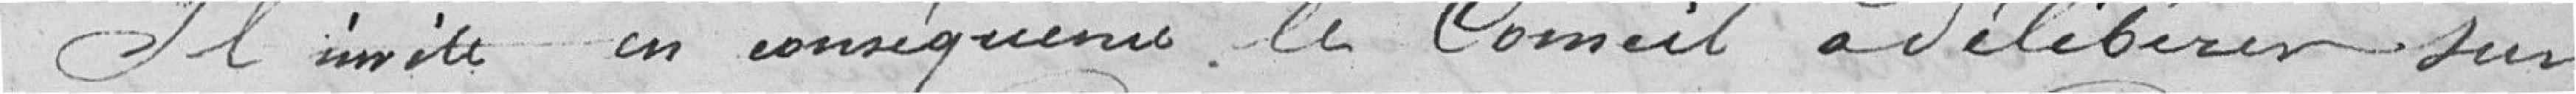
Il invite en conséquence le Conseil a délibérer sur